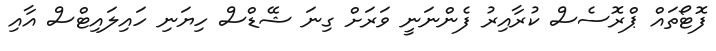
ފޮޓޯތައް ޕްރޮސެސް ކުރާއިރު ފެންނަނީ ވަރަށް ގިނަ ޝޭޑްސް ހިޔަނި ހައިލައިޓްސް އާއި